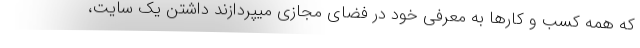
که همه کسب و کارها به معرفی خود در فضای مجازی میپردازند داشتن یک سایت،